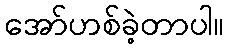
အော်ဟစ်ခဲ့တာပါ။